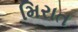
મિરાત